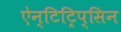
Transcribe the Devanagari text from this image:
ऐन्टिट्रिप्सिन